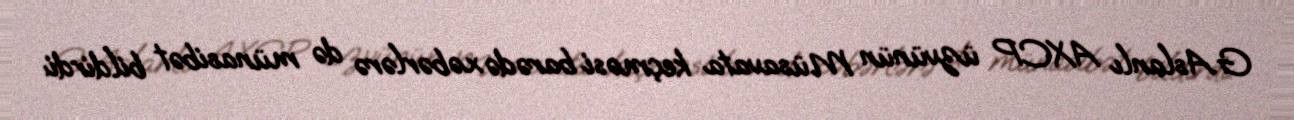
G.Aslanlı AXCP üzvünün Müsavata keçməsi barədə xəbərlərə də münasibət bildirdi: